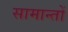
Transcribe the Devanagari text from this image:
सामान्तों